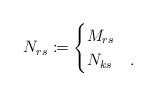
LaTeX: \begin{align*}N_{rs}\coloneqq \begin{cases}M_{rs}&\\N_{ks}&.\end{cases}\end{align*}